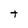
Character: t